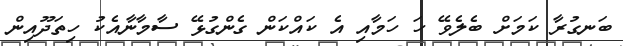
ބަނގުރާ ކަމަށް ބެލެވޭ ހަ ހަމާއި އެ ކައްކަން ގެންގުޅޭ ސާމާނާއެކު ހިތަދޫއިން